Government Evacuation Scheme: Educational provision, 1939
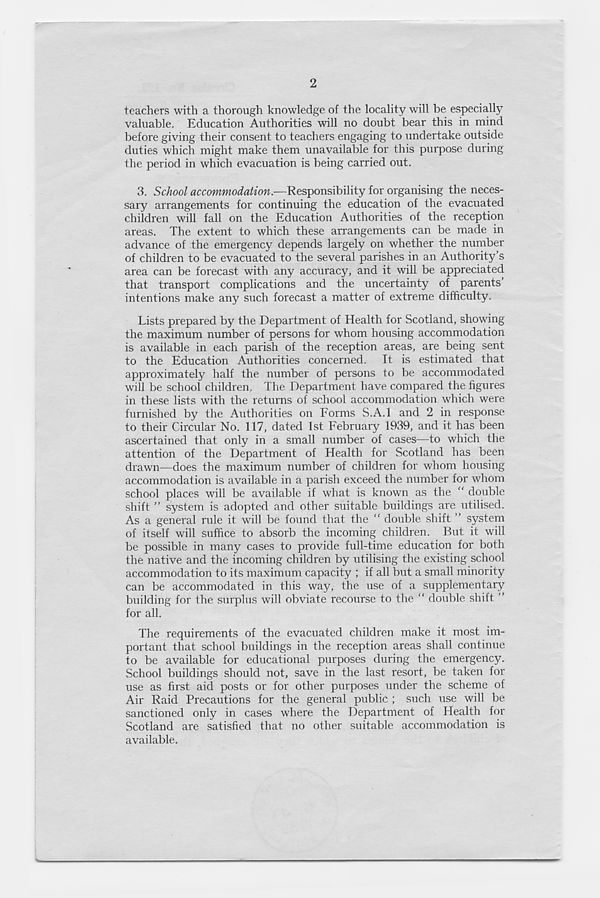
2
teachers with a thorough knowledge of the locality will be especially
valuable. Education Authorities will no doubt bear this in mind
before giving their consent to teachers engaging to undertake outside
duties which might make them unavailable for this purpose during
the period in which evacuation is being carried out.
3. School accommodation.—Responsibility for organising the neces-
sary arrangements for continuing the education of the evacuated
children will fall on the Education Authorities of the reception
areas. The extent to which these arrangements can be made in
advance of the emergency depends largely on whether the number
of children to be evacuated to the several parishes in an Authority’s
area can be forecast with any accuracy, and it will be appreciated
that transport complications and the uncertainty of parents’
intentions make any such forecast a matter of extreme difficulty.
Lists prepared by the Department of Health for Scotland, showing
the maximum number of persons for whom housing accommodation
is available in each parish of the reception areas, are being sent
to the Education Authorities concerned. It is estimated that
approximately half the number of persons to be accommodated
will be school children. The Department have compared the figures
in these lists with the returns of school accommodation which were
furnished by the Authorities on Forms S.A.l and 2 in response
to their Circular No. 117, dated 1st February 1939, and it has been
ascertained that only in a small number of cases—to which the
attention of the Department of Health for Scotland has been
drawn—does the maximum number of children for whom housing
accommodation is available in a parish exceed the number for whom
school places will be available if what is known as the “ double
shift ” system is adopted and other suitable buildings are utilised.
As a general rule it will be found that the “ double shift ” system
of itself will suffice to absorb the incoming children. But it will
be possible in many cases to provide full-time education for both
the native and the incoming children by utilising the existing school
accommodation to its maximum capacity ; if all but a small minority
can be accommodated in this way, the use of a supplementary
building for the surplus will obviate recourse to the “ double shift ”
for all.
The requirements of the evacuated children make it most im-
portant that school buildings in the reception areas shall continue
to be available for educational purposes during the emergency.
School buildings should not, save in the last resort, be taken for
use as first aid posts or for other purposes under the scheme of
Air Raid Precautions for the general public ; such use will be
sanctioned only in cases where the Department of Health for
Scotland are satisfied that no other suitable accommodation is
available.